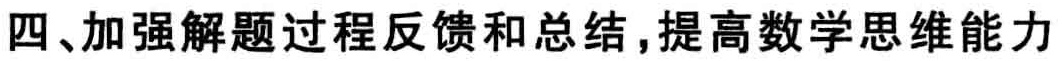
四、加强解题过程反馈和总结，提高数学思维能力